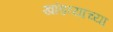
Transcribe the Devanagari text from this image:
खांडव्याच्या